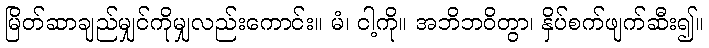
မြိတ်ဆာချည်မျှင်ကိုမျှလည်းကောင်း။ မံ၊ ငါ့ကို။ အဘိဘဝိတွာ၊ နှိပ်စက်ဖျက်ဆီး၍။